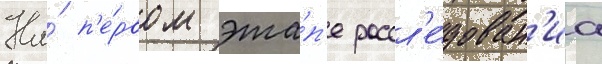
На́ п'е́рвом эта́п'е рассл'е́дован'иа